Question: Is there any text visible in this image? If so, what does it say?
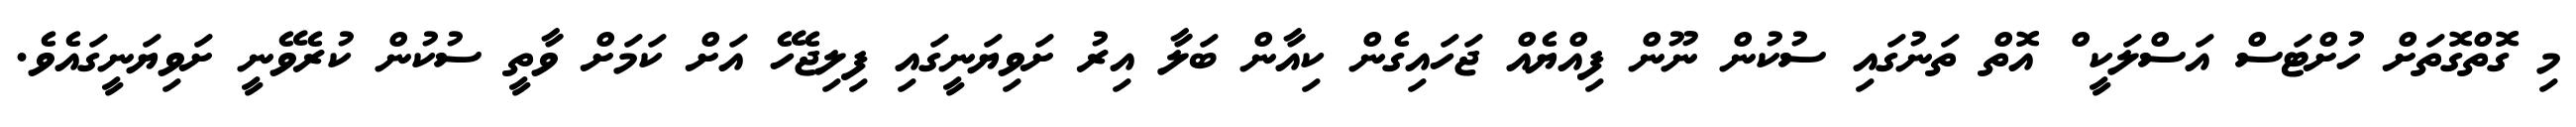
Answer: މި ގޮތްގޮތަށް ހުށްޓަސް އަސްލަކީ ް އޮތް ތަނުގައި ސުކުން ނޫން ފިއްޔެއް ޖަހައިގެން ކިއާން ބަލާ އިރު ށަވިޔަނީގައި ފިލިޖެހޭ އަށް ކަމަށް ވާތީ ސުކުން ކުރެވޭނީ ށަވިޔަނީގައެވެ.